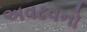
અવઢવનો